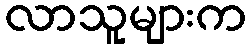
လာသူများက